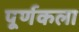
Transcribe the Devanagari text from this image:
पूर्णकला